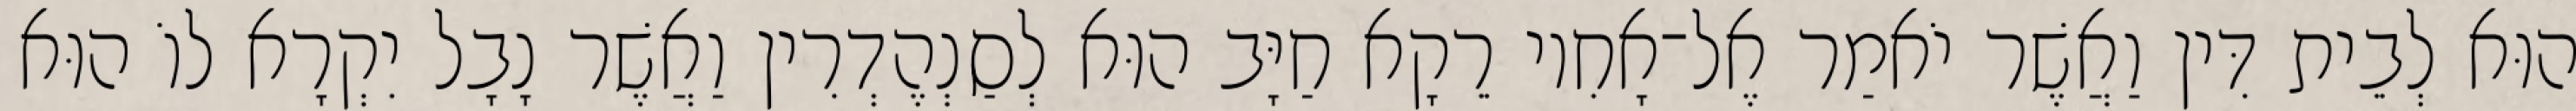
הוּא לְבֵית דִּין וַאֲשֶׁר יֹאמַר אֶל־אָחִיו רֵקָא חַיָּב הוּא לְסַנְהֶדְרִין וַאֲשֶׁר נָבָל יִקְרָא לוֹ הוּא